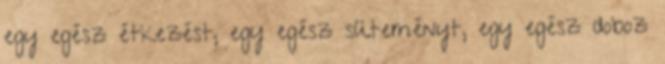
egy egész étkezést, egy egész süteményt, egy egész doboz